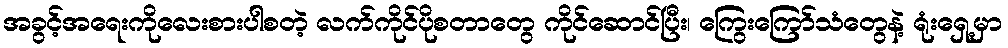
အခွင့်အရေးကိုလေးစားပါစတဲ့ လက်ကိုင်ပိုစတာတွေ ကိုင်ဆောင်ပြီး၊ ကြွေးကြော်သံတွေနဲ့ ရုံးရှေ့မှာ